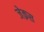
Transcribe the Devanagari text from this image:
जेक़स